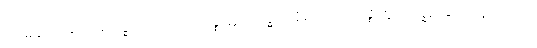
သိမ်းဆည်း၍။ အာရဒ္ဓါ၊ သော။ ပ။ အဇ္ဈတ္တဗဟိဒ္ဓါဘိနိဝေသာ၊ အဇ္ဈတ္တဗဟိဒ္ဓ၌ နှလုံးသွင်းသော